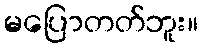
မပြောတတ်ဘူး။